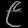
Digit: ၉